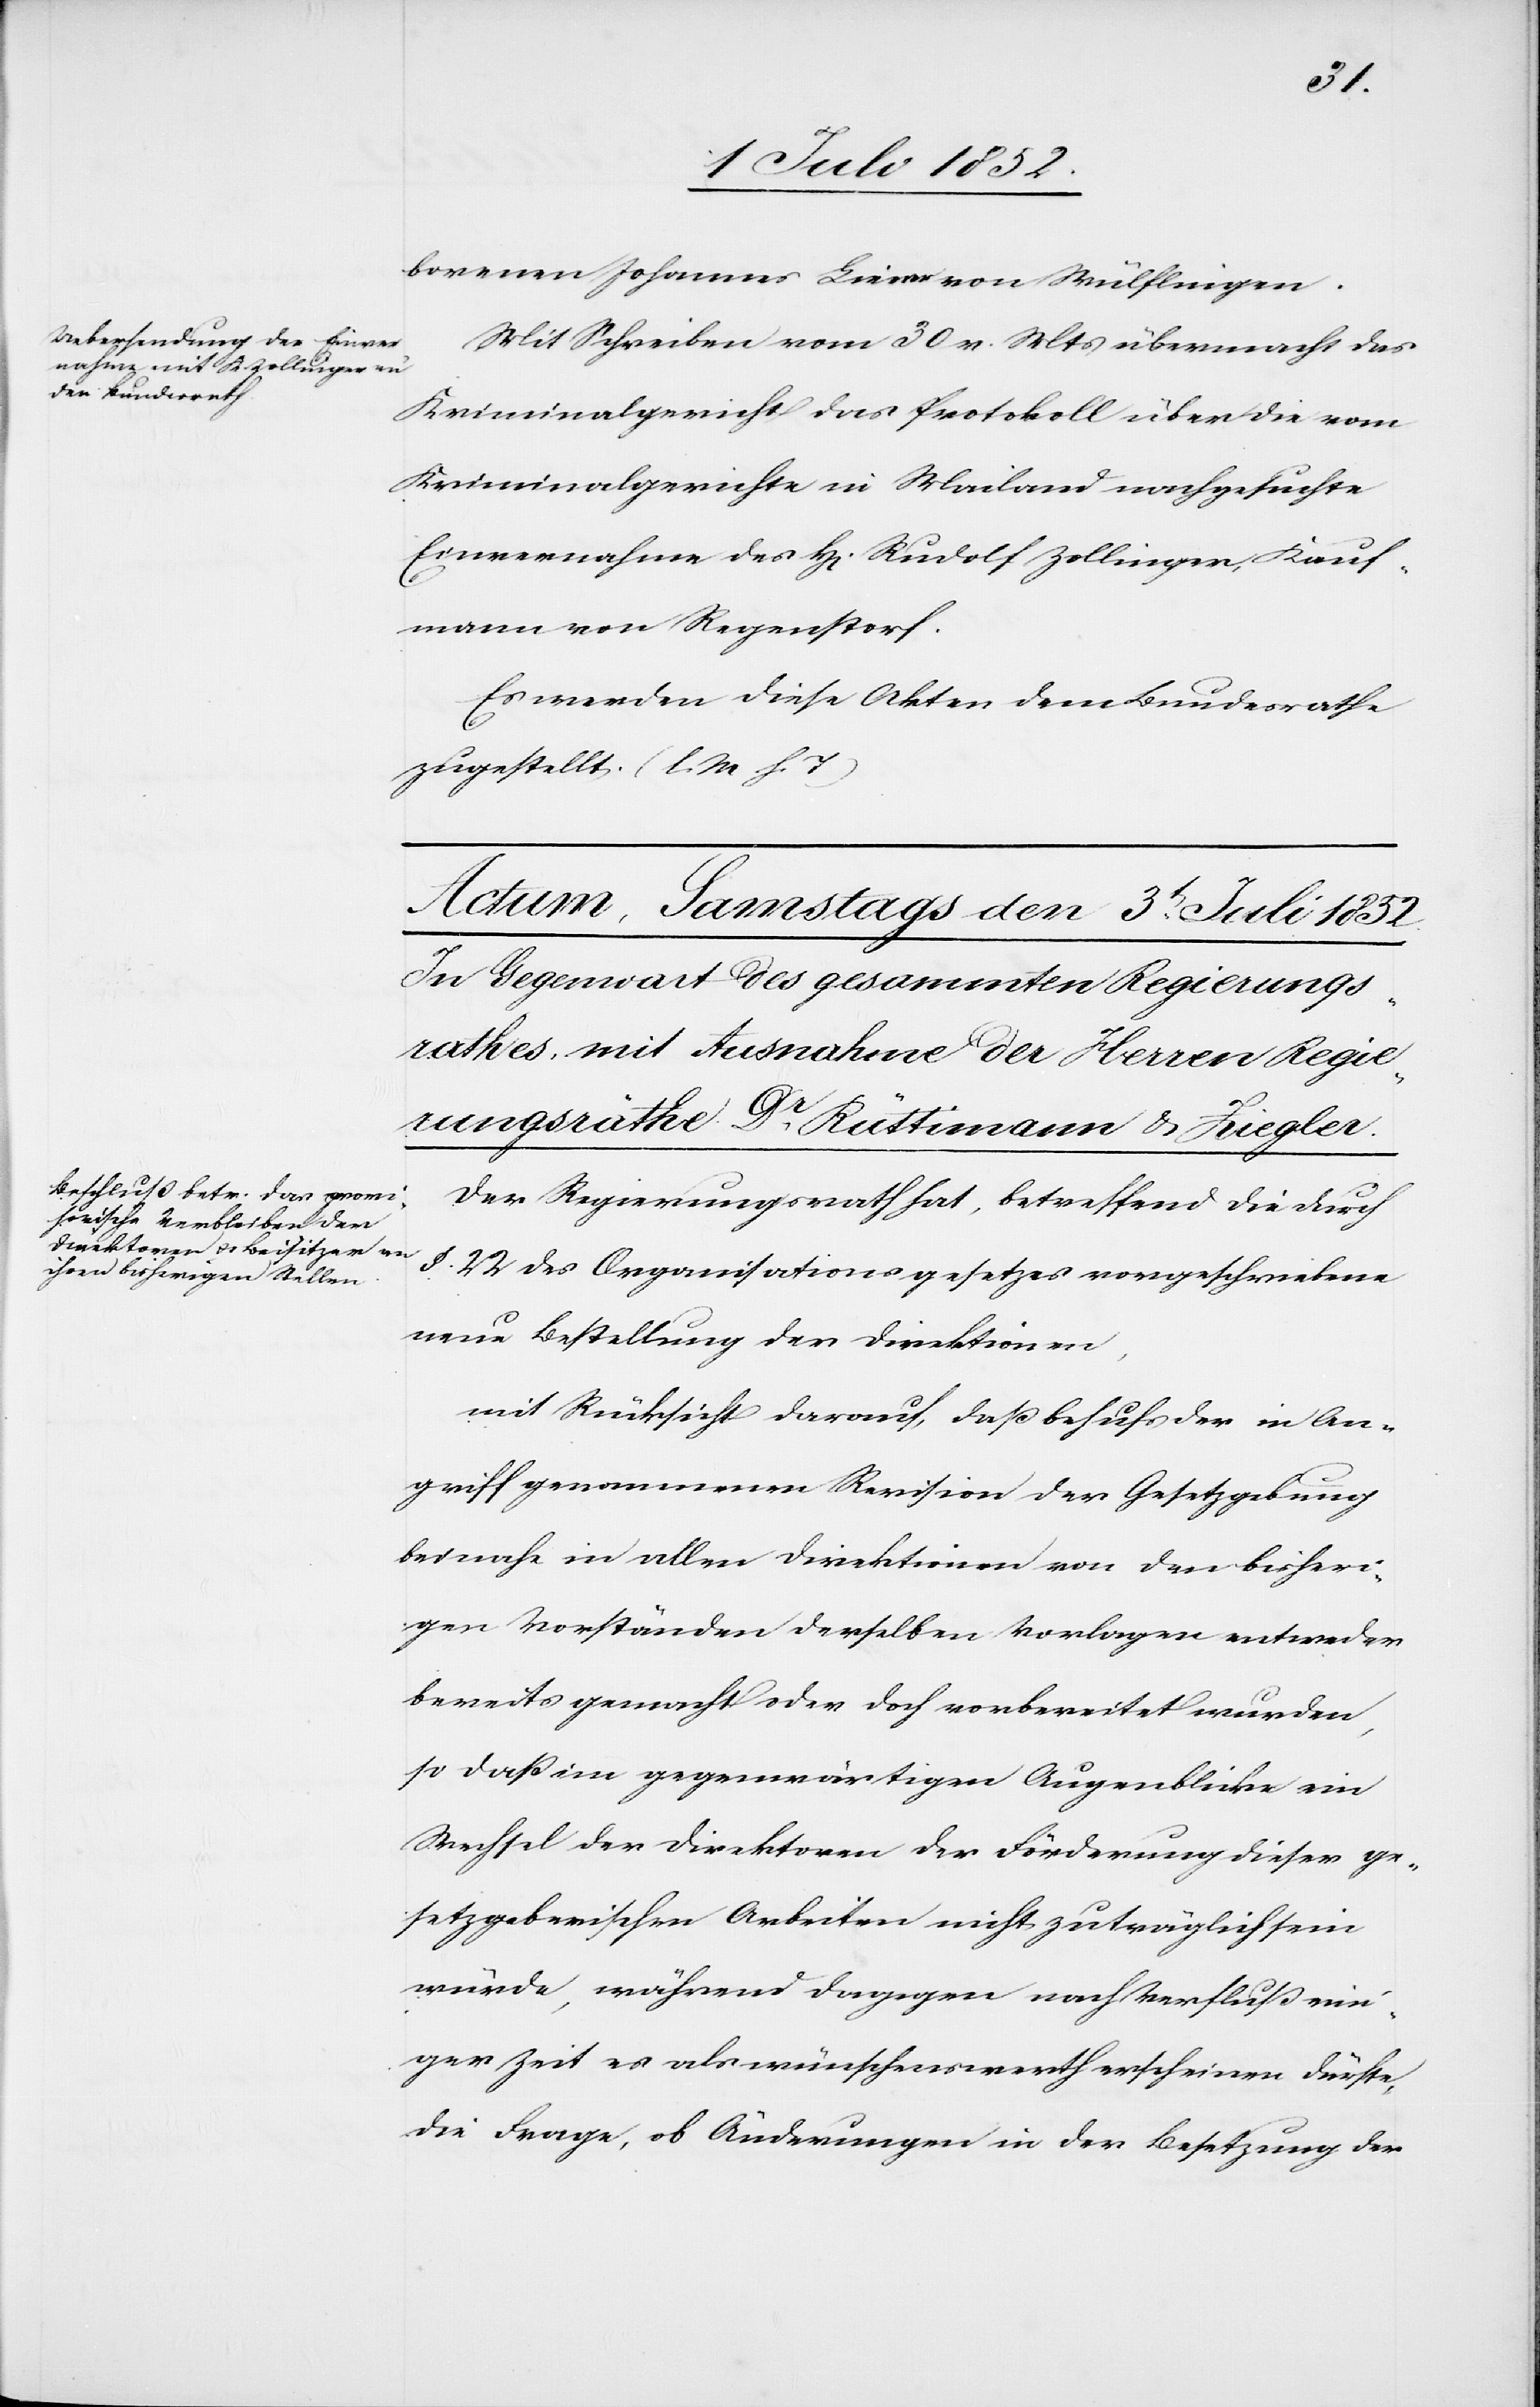
borenen Johannes Liener von Wülflingen.
Mit Schreiben vom 30 v. Mts übermacht das
Kriminalgericht das Protokoll über die vom
Kriminalgerichte in Mailand nachgesuchte
Einvernahme des H[errn] Rudolf Zollinger, Kauf¬
mann von Regenstorf.
Es werden diese Akten dem Bundesrathe
zugestellt. (l. M. h. T)
Der Regierungsrath hat, betreffend die durch
§. 22 des Organisationsgesetzes vorgeschriebene
neue Bestellung der Direktionen,
mit Rücksicht darauf, daß behufs der in An¬
griff genommenen Revision der Gesetzgebung
beinahe in allen Direktionen von den bisheri¬
gen Vorständen derselben Vorlagen entweder
bereits gemacht oder doch vorbereitet wurden,
so daß im gegenwärtigen Augenblicke ein
Wechsel der Direktoren der Förderung dieser ge¬
setzgeberischen Arbeiten nicht zuträglich sein
würde, während dagegen nach Verfluß ein¬
iger Zeit es als wünschenswerth erscheinen dürfte,
die Frage, ob Änderungen in der Besetzung der